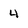
Character: 4